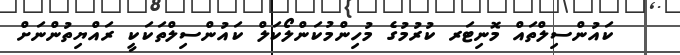
ކައުންސިލްތައް މޮނިޓަރ ކުރުމުގެ މުހިންމުކަންލޯކަލް ކައުންސިލްތަކަކީ ރައްޔިތުންނަށް